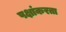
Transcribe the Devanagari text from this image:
पक्षांकरता